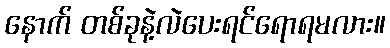
နောက် တစ်ခုနဲ့လဲပေးရင်ရောရမလား။